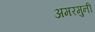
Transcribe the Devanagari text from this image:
अमरमुनी